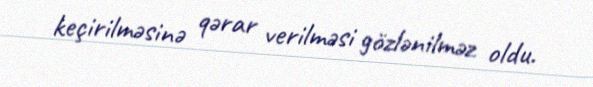
keçirilməsinə qərar verilməsi gözlənilməz oldu.